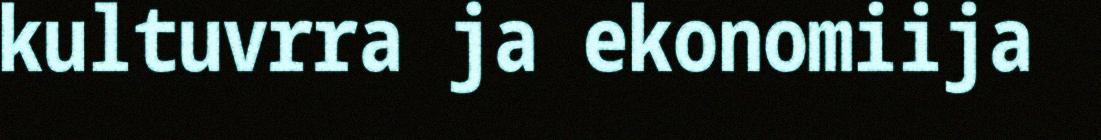
kultuvrra ja ekonomiija